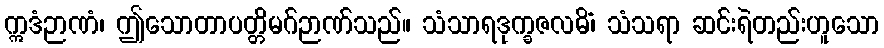
ဣဒံဉာဏံ၊ ဤသောတာပတ္တိမဂ်ဉာဏ်သည်။ သံသာရဒုက္ခဇလဓိံ၊ သံသရာ ဆင်းရဲတည်းဟူသော